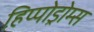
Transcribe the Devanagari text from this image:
हिप्पोड्रोम्स